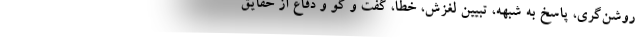
روشن‌گری، پاسخ به شبهه، تبیین لغزش، خطا، گفت و گو و دفاع از حقایق